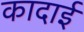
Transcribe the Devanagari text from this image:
कादाई